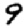
Digit: 9